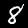
Label: 8